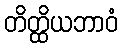
တိတ္ထိယဘာဝံ